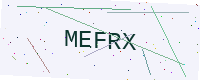
Text: MEFRX